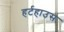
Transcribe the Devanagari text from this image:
हर्टहाउस